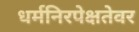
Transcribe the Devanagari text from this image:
धर्मनिरपेक्षतेवर